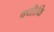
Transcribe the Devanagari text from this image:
क्यॊंकि